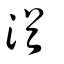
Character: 湭